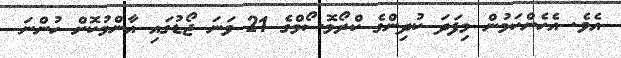
އެވެ. އެހެންކަމުން މިފަދަ ކުދިންގެ ކްރޯމޮސޯމްގެ 21 ވަނަ ޖޯޑުގައި އާންމުކޮށް ހުންނަ